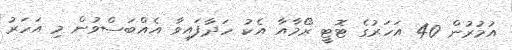
އުމުރުން 40 އަހަރުގެ ޓޮޓީ ރޯމާއާ އެކު ހަދާފައިވާ އެއްބަސްވުން މި އަހަރު